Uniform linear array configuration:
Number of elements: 64
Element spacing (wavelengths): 0.75
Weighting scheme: hamming
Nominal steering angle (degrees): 0
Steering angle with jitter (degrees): -0.803
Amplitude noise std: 0.05
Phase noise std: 0.05

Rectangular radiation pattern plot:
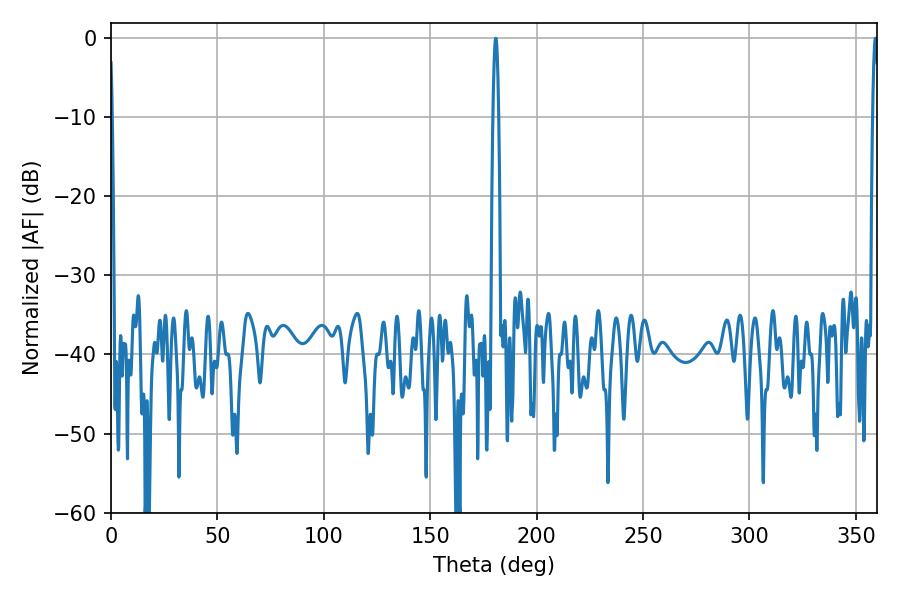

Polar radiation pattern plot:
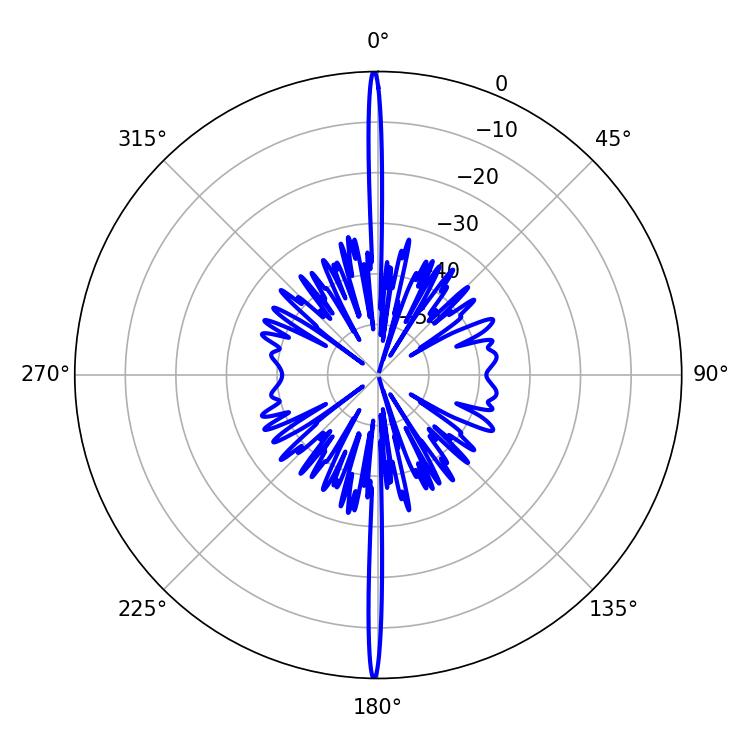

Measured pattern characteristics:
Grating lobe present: TRUE
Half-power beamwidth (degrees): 1.26
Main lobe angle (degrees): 180.72